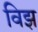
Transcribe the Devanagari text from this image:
विझ